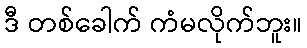
ဒီ တစ်ခေါက် ကံမလိုက်ဘူး။